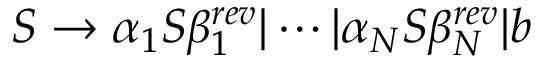
S \to \alpha _ { 1 } S \beta _ { 1 } ^ { r e v } | \cdots | \alpha _ { N } S \beta _ { N } ^ { r e v } | b